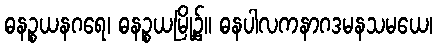
ဓနဉ္စယနဂရေ၊ ဓနဉ္စယမြို့၌။ ဓနပါလကနာဂဒမနသမယေ၊